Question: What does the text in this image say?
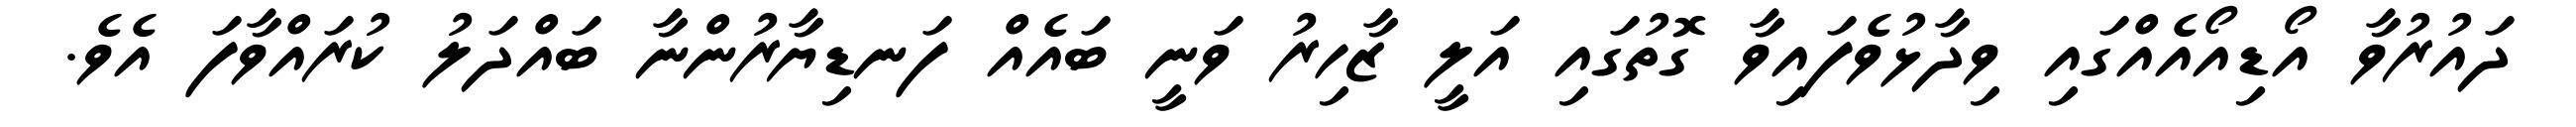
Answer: ދައުރުވާ އޯޑިއޯއެއްގައި ވިދާޅުވެފައިވާ ގޮތުގައި އަލީ ޒާހިރު ވަނީ ބައެއް ފަނޑިޔާރުންނާ ބައްދަލު ކުރައްވާފަ އެވެ.